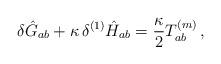
LaTeX: \begin{align*}\delta\hat{G}_{ab}+\kappa\, \delta^{(1)}\hat{H}_{ab}=\frac{\kappa}{2} T_{ab}^{(m)}\,,\end{align*}